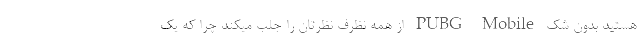
هستید بدون شک PUBG Mobile از همه نظرف نظرتان را جلب میکند چرا که یک